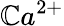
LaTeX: \mathbb{C}a^{2+}